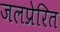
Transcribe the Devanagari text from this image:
जलप्रेरित